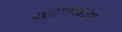
અમલસાડના